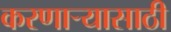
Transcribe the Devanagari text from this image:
करणाऱ्यासाठी